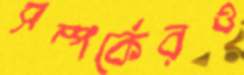
সম্পর্কেরও